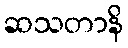
ဆသတာနိ